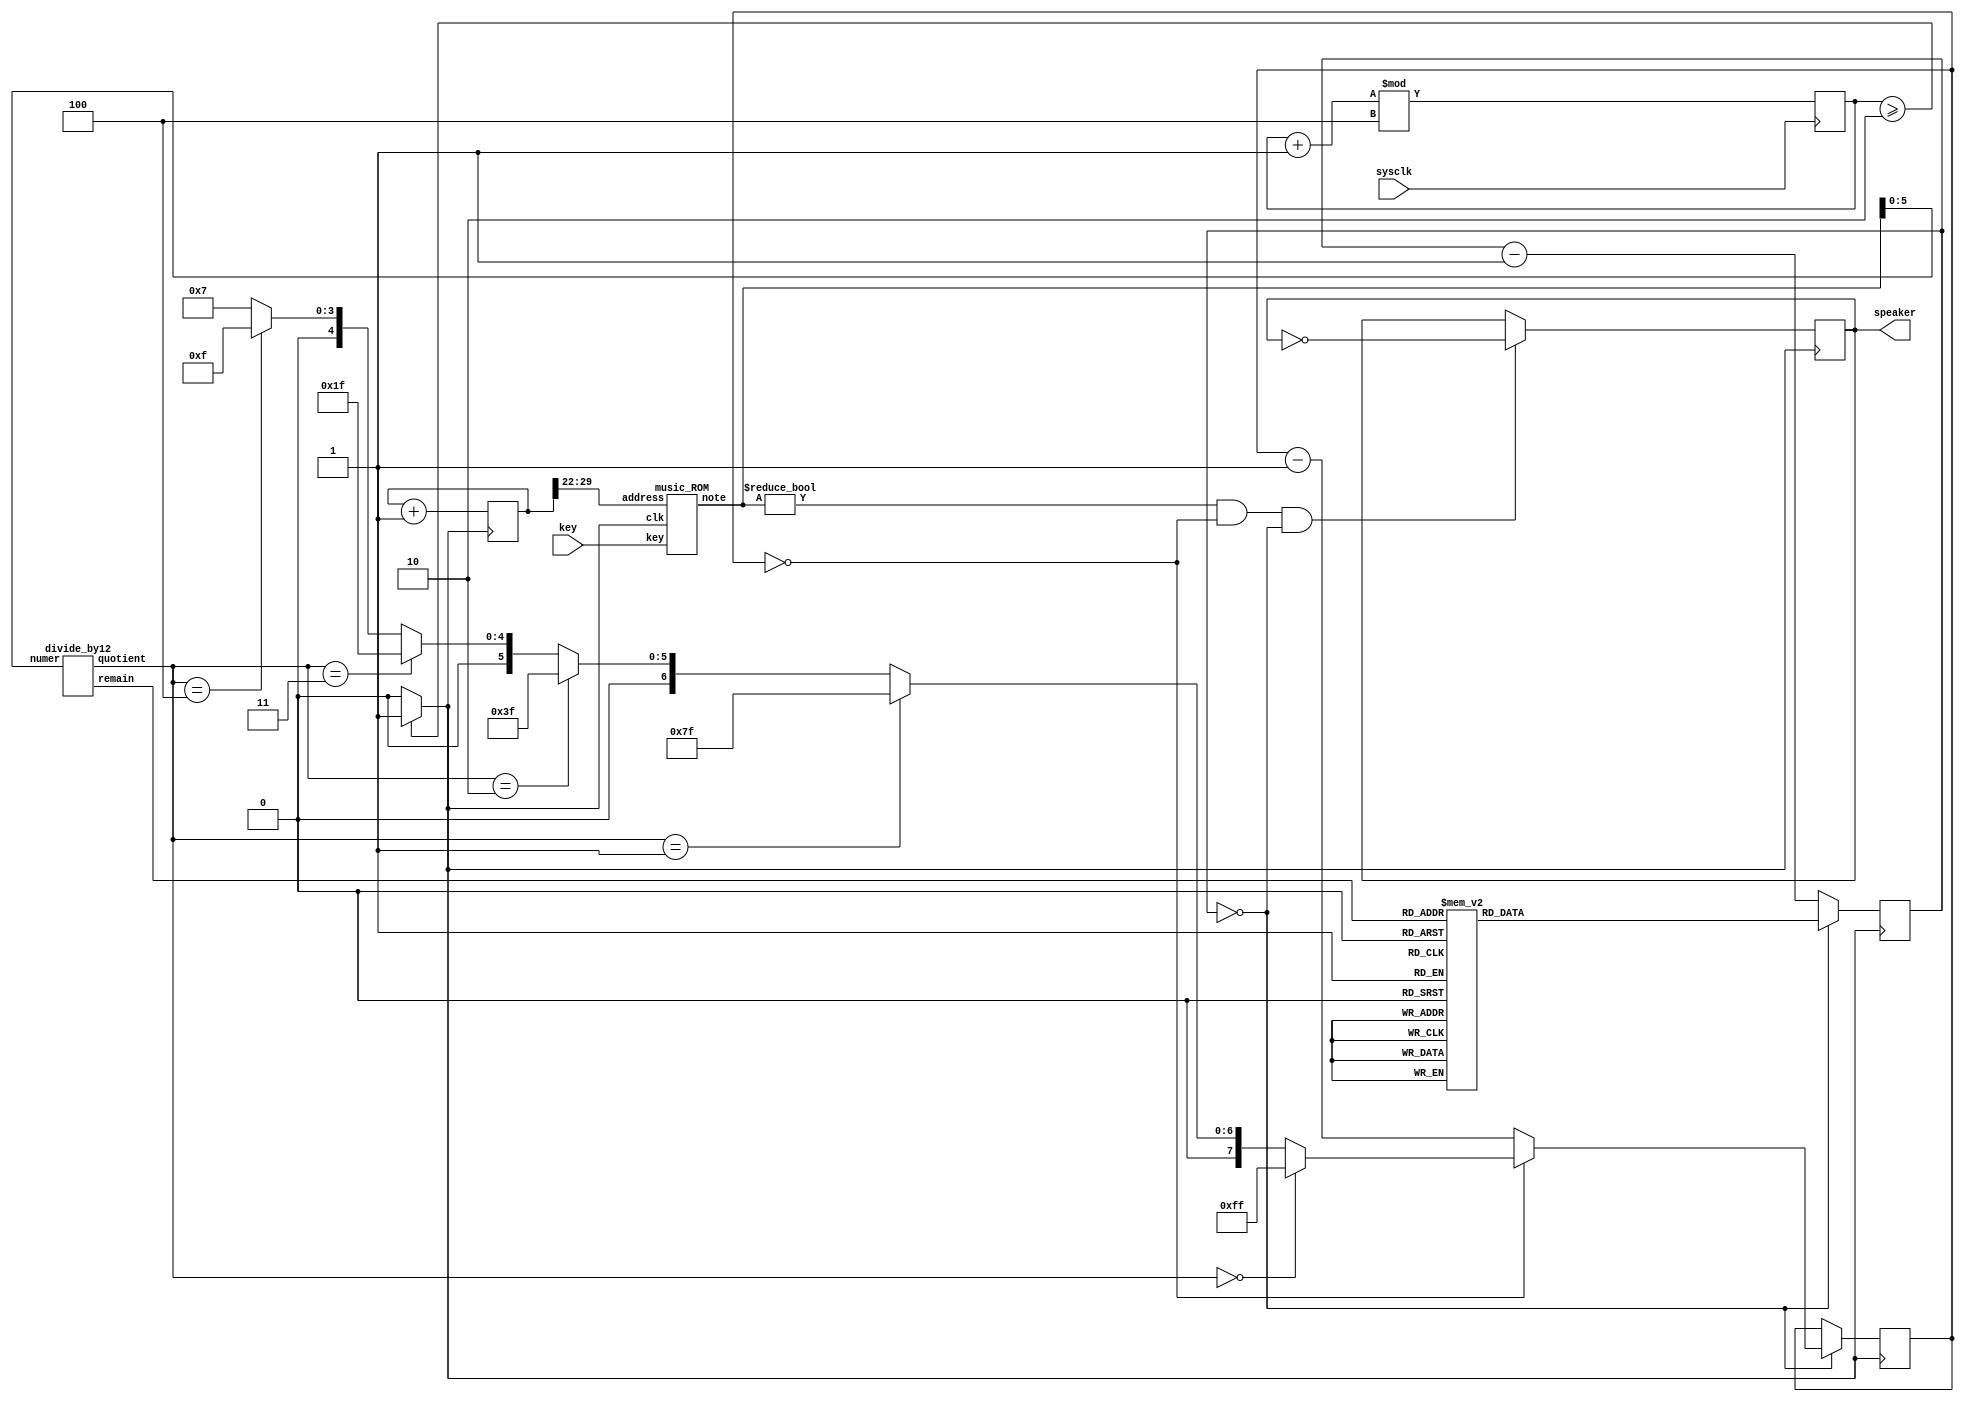
// Music demo verilog file
// Plays a little tune on a speaker
// (c) fpga4fun.com 2003-2014

/////////////////////////////////////////////////////
module music(
	input sysclk, 
   input [3:0] key,	// tested with 25MHz
	output reg speaker
	
);

reg clk;
parameter [3:0] N = 4'd4;
//reg [10:0] N = 11'd90;


reg [3:0] pos_cnt;
reg [3:0] neg_cnt;

always @ ( posedge sysclk )
begin		
pos_cnt <= (pos_cnt + 1'b1) % N ;
end

always @ (posedge sysclk)
begin
neg_cnt <= (neg_cnt + 1'b1) % N  ;
end

always @( sysclk )
begin
if ( (N%2) == 1'b0)
clk <= ( pos_cnt >= (N/2)) ? 1'b1 : 1'b0;
else
clk <= (( pos_cnt > (N/2)) || ( neg_cnt > (N/2))) ? 1'b1 : 1'b0;
end


reg [30:0] tone;
always @(posedge clk) tone <= tone+31'd1;
reg led;

wire [3:0]note;
wire [7:0] fullnote;
music_ROM ROM(.clk(clk), .address(tone[29:22]),.key(key), .note(fullnote));

//module PWM(clk, PWM_in, PWM_out);
//input clk;
//input [7:0] PWM_in;
//reg PWM_out;

/*reg [255:0] PWM_accumulator;
always @(posedge clk) begin 
PWM_accumulator <= PWM_accumulator[254:0] + fullnote;

	//speaker <= ~speaker;
	led = PWM_accumulator[255];
end*/
//endmodule

wire [2:0] octave;
//wire [3:0] note;
divide_by12 divby12(.numer(fullnote[5:0]), .quotient(octave), .remain(note));

reg [8:0] clkdivider;
always @*
case(note)

	0: clkdivider = 9'd511;//A
	1: clkdivider = 9'd482;// A#/Bb
	2: clkdivider = 9'd455;//B
	3: clkdivider = 9'd430;//C
	4: clkdivider = 9'd405;// C#/Db
	5: clkdivider = 9'd383;//D
	6: clkdivider = 9'd361;// D#/Eb
	7: clkdivider = 9'd341;//E
	8: clkdivider = 9'd322;//F
	9: clkdivider = 9'd303;// F#/Gb
	10: clkdivider = 9'd286;//G
	11: clkdivider = 9'd270;// G#/Ab
	default: clkdivider = 9'd1;// should never happen

endcase

reg [8:0] counter_note;
always @(posedge clk) if(counter_note==0) counter_note <= clkdivider; else counter_note <= counter_note-9'd1;

reg [7:0] counter_octave;
always @(posedge clk)

if(counter_note==0)
begin
	if(counter_octave==0)
	counter_octave <= (octave==0 ? 8'd255 : octave==1 ? 8'd127 : octave==2 ? 8'd63 : octave==3 ? 8'd31 : octave==4 ? 8'd15 : 8'd7);
else
	counter_octave <= counter_octave-8'd1;
	
end



always @(posedge clk)
if(fullnote!=0 && counter_octave==0 && counter_note==0 )
	speaker <= ~speaker;
	
endmodule

/////////////////////////////////////////////////////

module divide_by12(numer, quotient, remain);
input [5:0] numer;
output [2:0] quotient;
output [3:0] remain;

reg [2:0] quotient;
reg [1:0] remainder3to2;
always @(numer[5:2])
case(numer[5:2])
	 0: begin quotient=0; remainder3to2=0; end
	 1: begin quotient=0; remainder3to2=1; end
	 2: begin quotient=0; remainder3to2=2; end
	 3: begin quotient=1; remainder3to2=0; end
	 4: begin quotient=1; remainder3to2=1; end
	 5: begin quotient=1; remainder3to2=2; end
	 6: begin quotient=2; remainder3to2=0; end
	 7: begin quotient=2; remainder3to2=1; end
	 8: begin quotient=2; remainder3to2=2; end
	 9: begin quotient=3; remainder3to2=0; end
	10: begin quotient=3; remainder3to2=1; end
	11: begin quotient=3; remainder3to2=2; end
	12: begin quotient=4; remainder3to2=0; end
	13: begin quotient=4; remainder3to2=1; end
	14: begin quotient=4; remainder3to2=2; end
	15: begin quotient=5; remainder3to2=0; end
endcase

assign remain[1:0] = numer[1:0];// the first 2 bits are copied through
assign remain[3:2] = remainder3to2;// and the last 2 bits come from the case statement
endmodule
/////////////////////////////////////////////////////



module music_ROM(
	input clk,
	input [7:0] address,
	input [3:0] key,
	output reg [7:0] note
	//input M
);

reg [5:0]count = 6'd 0;

always @(posedge clk)
begin

	case(key)
	 6:note <= 8'd25;
	 1:note <= 8'd26;
	7:note <= 8'd27;
	2:note <= 8'd28;
	8:note <= 8'd29;
	3:note <= 8'd30;
	9:note <= 8'd31;
	4:note <= 8'd32;
	10:note <= 8'd33;
   5:note <= 8'd34;
	11:note <= 8'd35;
	12:note <= 8'd36;
	13:note <= 8'd0;

	default: note <= 8'd0;
endcase 
end
endmodule